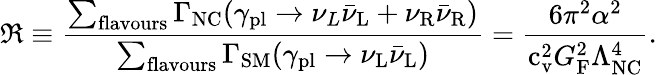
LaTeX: \Re\equiv\frac{\sum_{\mathrm{flavours}}\Gamma_{\mathrm{NC}}(\gamma_{\mathrm{pl}}\to{\nu_{L}}{\bar{\nu}}_{\mathrm{L}}+{\nu_{\mathrm{R}}}{\bar{\nu}}_{\mathrm{R}})}{\sum_{\mathrm{flavours}}\Gamma_{\mathrm{SM}}(\gamma_{\mathrm{pl}}\to{\nu_{\mathrm{L}}}{\bar{\nu}}_{\mathrm{L}})}=\frac{6\pi^{2}\alpha^{2}}{\mathrm{c}_{\mathrm{v}}^{2}G_{\mathrm{F}}^{2}\Lambda_{\mathrm{NC}}^{4}}.